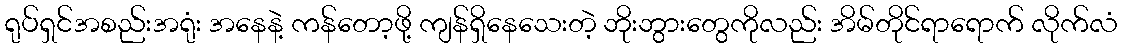
ရုပ်ရှင်အစည်းအရုံး အနေနဲ့ ကန်တော့ဖို့ ကျန်ရှိနေသေးတဲ့ ဘိုးဘွားတွေကိုလည်း အိမ်တိုင်ရာရောက် လိုက်လံ